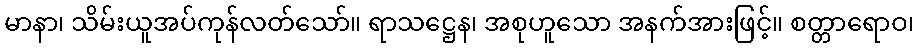
မာနာ၊ သိမ်းယူအပ်ကုန်လတ်သော်။ ရာသဋ္ဌေန၊ အစုဟူသော အနက်အားဖြင့်။ စတ္တာရောဝ၊